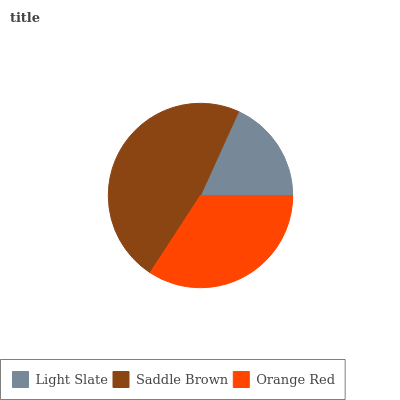
| Light Slate | Saddle Brown | Orange Red |
 | --- | --- | --- |
 | 18.2% | 47.6% | 34.2% |